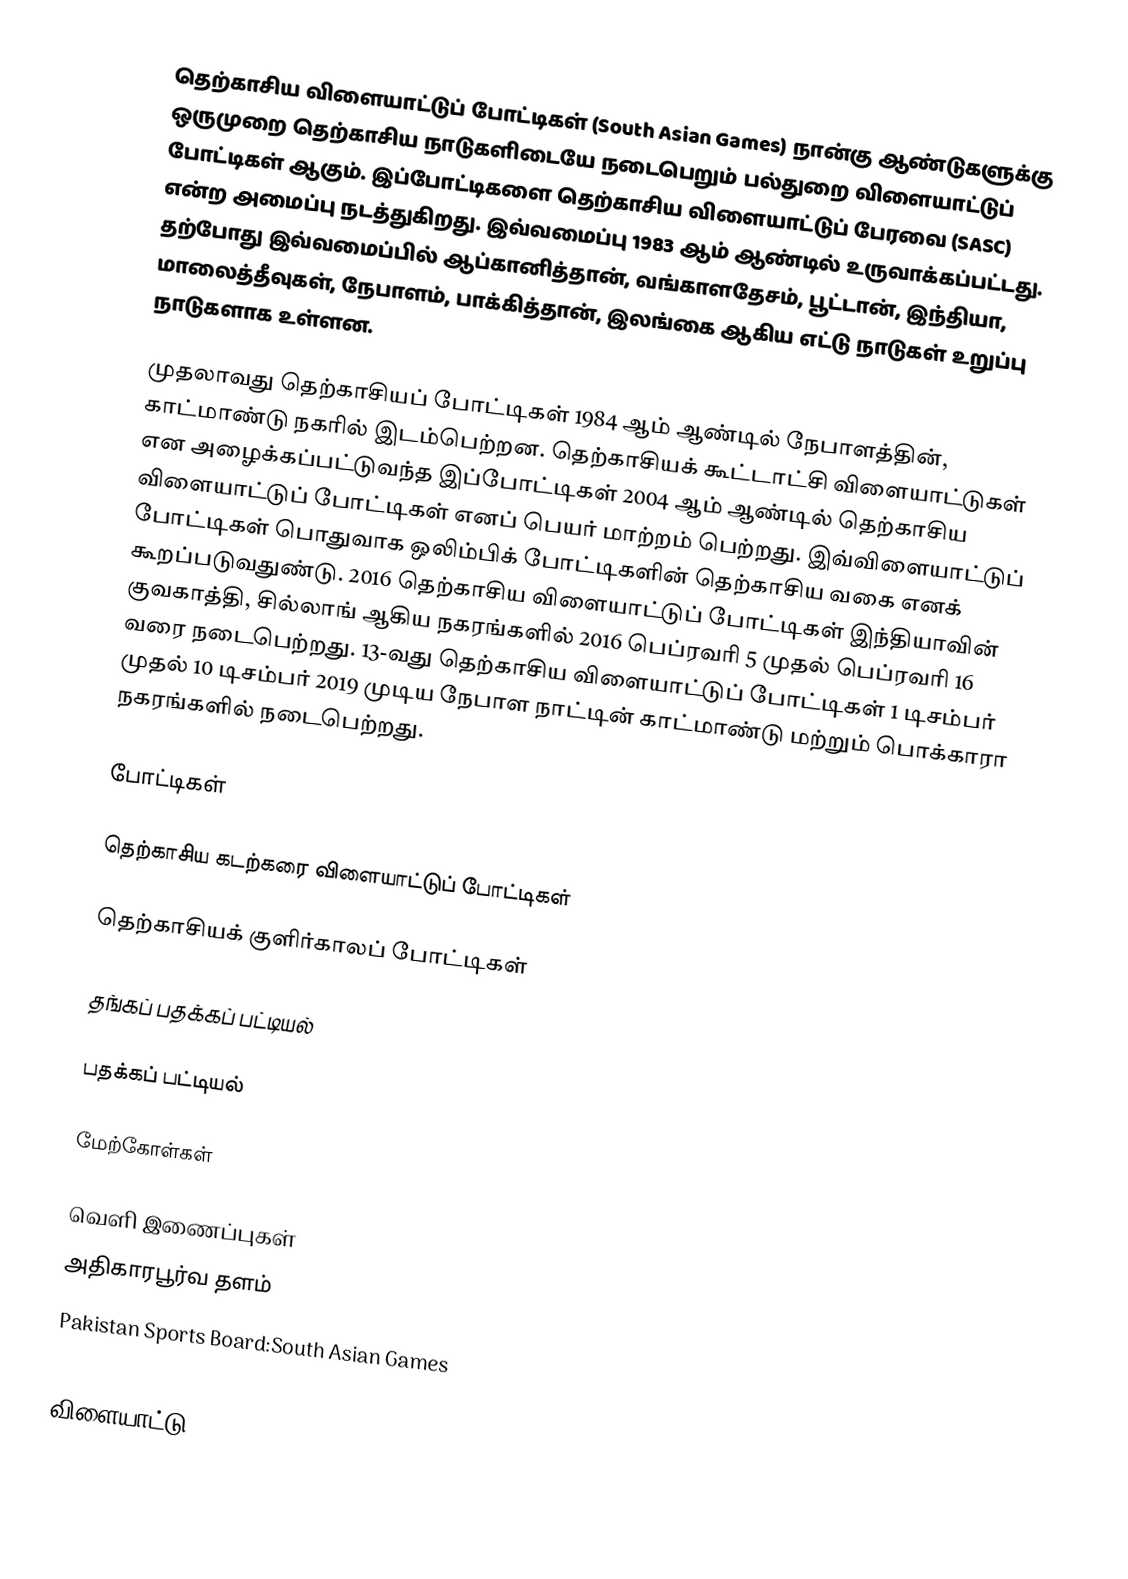
தெற்காசிய விளையாட்டுப் போட்டிகள் (South Asian Games) நான்கு ஆண்டுகளுக்கு ஒருமுறை தெற்காசிய நாடுகளிடையே நடைபெறும் பல்துறை விளையாட்டுப் போட்டிகள் ஆகும். இப்போட்டிகளை தெற்காசிய விளையாட்டுப் பேரவை (SASC) என்ற அமைப்பு நடத்துகிறது. இவ்வமைப்பு 1983 ஆம் ஆண்டில் உருவாக்கப்பட்டது. தற்போது இவ்வமைப்பில் ஆப்கானித்தான், வங்காளதேசம், பூட்டான், இந்தியா,  மாலைத்தீவுகள், நேபாளம், பாக்கித்தான், இலங்கை ஆகிய எட்டு நாடுகள் உறுப்பு நாடுகளாக உள்ளன.

முதலாவது தெற்காசியப் போட்டிகள் 1984 ஆம் ஆண்டில் நேபாளத்தின், காட்மாண்டு நகரில் இடம்பெற்றன. தெற்காசியக் கூட்டாட்சி விளையாட்டுகள் என அழைக்கப்பட்டுவந்த இப்போட்டிகள் 2004 ஆம் ஆண்டில் தெற்காசிய விளையாட்டுப் போட்டிகள் எனப் பெயர் மாற்றம் பெற்றது. இவ்விளையாட்டுப் போட்டிகள் பொதுவாக ஒலிம்பிக் போட்டிகளின் தெற்காசிய வகை எனக் கூறப்படுவதுண்டு. 2016 தெற்காசிய விளையாட்டுப் போட்டிகள் இந்தியாவின் குவகாத்தி, சில்லாங் ஆகிய நகரங்களில் 2016 பெப்ரவரி 5 முதல் பெப்ரவரி 16 வரை நடைபெற்றது. 13-வது தெற்காசிய விளையாட்டுப் போட்டிகள் 1 டிசம்பர் முதல் 10 டிசம்பர் 2019 முடிய நேபாள நாட்டின் காட்மாண்டு மற்றும் பொக்காரா நகரங்களில் நடைபெற்றது.

போட்டிகள்

தெற்காசிய கடற்கரை விளையாட்டுப் போட்டிகள்

தெற்காசியக் குளிர்காலப் போட்டிகள்

தங்கப் பதக்கப் பட்டியல்

பதக்கப் பட்டியல்

மேற்கோள்கள்

வெளி இணைப்புகள்
 அதிகாரபூர்வ தளம்
 Pakistan Sports Board:South Asian Games

விளையாட்டு